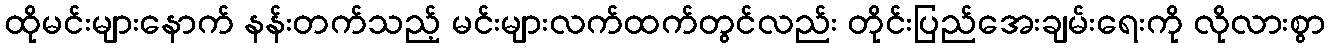
ထိုမင်းများနောက် နန်းတက်သည့် မင်းများလက်ထက်တွင်လည်း တိုင်းပြည်အေးချမ်းရေးကို လိုလားစွာ